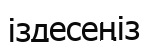
іздесеңіз